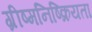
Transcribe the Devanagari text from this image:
ग्रीष्मनिष्क्रियता